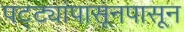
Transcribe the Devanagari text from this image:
पट्ट्यांपासूनपासून